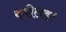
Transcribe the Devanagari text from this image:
करीलह।